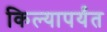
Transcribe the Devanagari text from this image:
किल्यापर्यंत